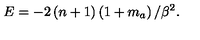
E = - 2 \left( n + 1 \right) \left( 1 + m _ { a } \right) / \beta ^ { 2 } .